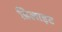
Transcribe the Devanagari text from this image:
डिलाइट